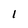
Character: l